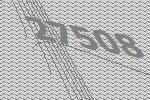
27508